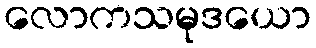
လောကသမုဒယော